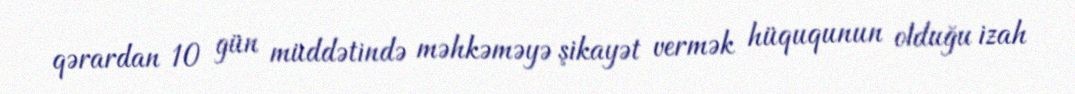
qərardan 10 gün müddətində məhkəməyə şikayət vermək hüququnun olduğu izah